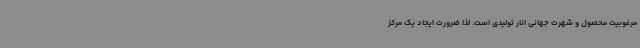
مرغوبیت محصول و شهرت جهانی انار تولیدی است. لذا ضرورت ایجاد یک مرکز